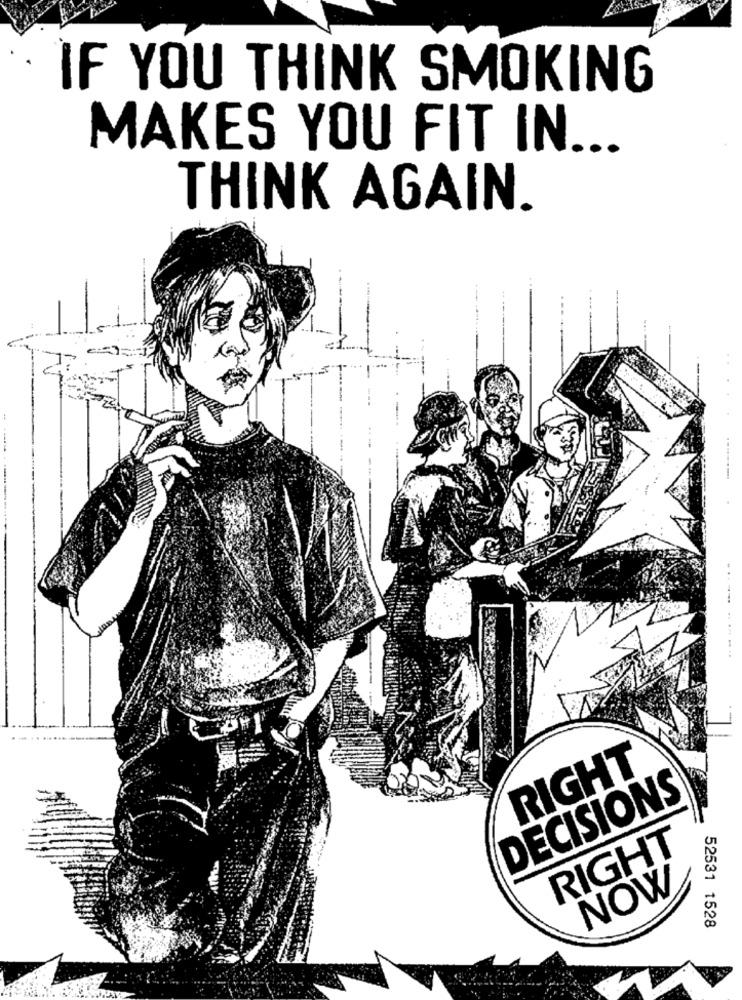
IF YOU THINK SMOKING
MAKES YOU FIT IN ...
THINK AGAIN.
RIGHT
DECISIONS
RIGHT
NOW
52531 1528